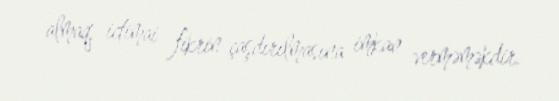
almaq, ictimai fikrin çaşdırılmasına imkan verməməkdir.